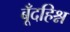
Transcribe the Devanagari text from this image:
बूँदहिश्न